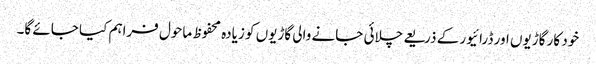
خود کار گاڑیوں اور ڈرائیور کے ذریعے چلائی جانے والی گاڑیوں کو زیادہ محفوظ ماحول فراہم کیا جائے گا۔